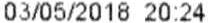
03/05/2018 20:24